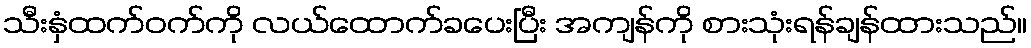
သီးနှံထက်ဝက်ကို လယ်ထောက်ခပေးပြီး အကျန်ကို စားသုံးရန်ချန်ထားသည်။